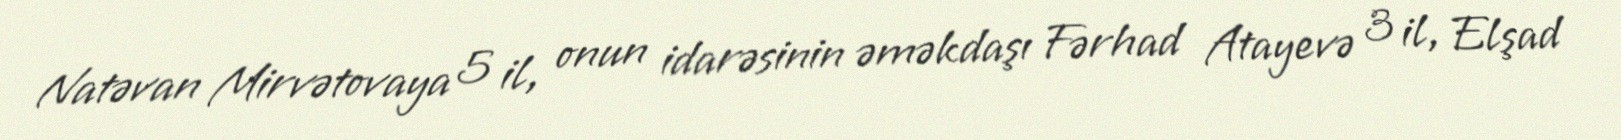
Natəvan Mirvətovaya 5 il, onun idarəsinin əməkdaşı Fərhad Atayevə 3 il, Elşad